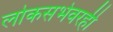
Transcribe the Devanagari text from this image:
लोकसभेवरही